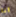
انا